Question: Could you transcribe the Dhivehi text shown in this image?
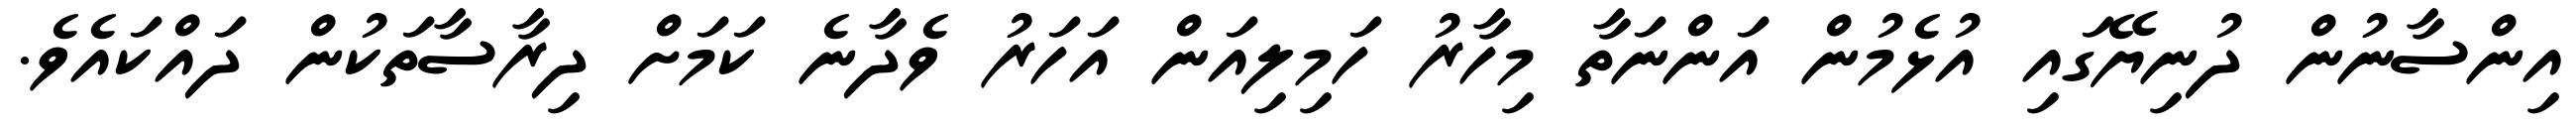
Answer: އިންސާނުން ދުނިޔޭގައި އުޅެމުން އަންނަތާ މިހާރު ހަމިލިއަން އަހަރު ވެދާނެ ކަމަށް ދިރާސާތަކުން ދައްކައެވެ.